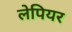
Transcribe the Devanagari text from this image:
लेपियर